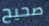
صحيح